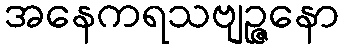
အနေကရသဗျဉ္ဇနော